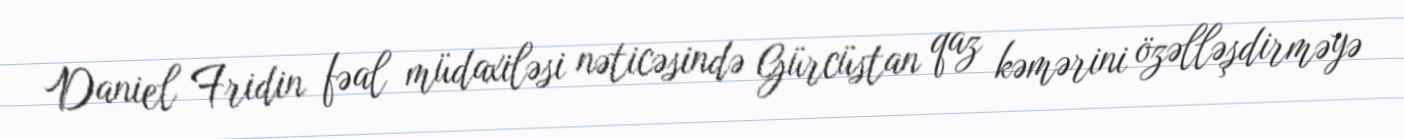
Daniel Fridin fəal müdaxiləsi nəticəsində Gürcüstan qaz kəmərini özəlləşdirməyə